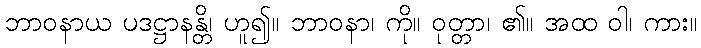
ဘာဝနာယ ပဒဋ္ဌာနန္တိ၊ ဟူ၍။ ဘာဝနာ၊ ကို။ ဝုတ္တာ၊ ၏။ အထ ဝါ၊ ကား။